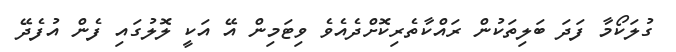
ގުލަކޯމާ ފަދަ ބަލިތަކުން ރައްކާތެރިކޮށްދެއެވެ ވިޓަމިން އޭ އަކީ ލޮލުގައި ފެން އުފެދޭ